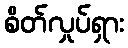
စိတ်လှုပ်ရှား